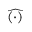
\widehat { ( \cdot ) }